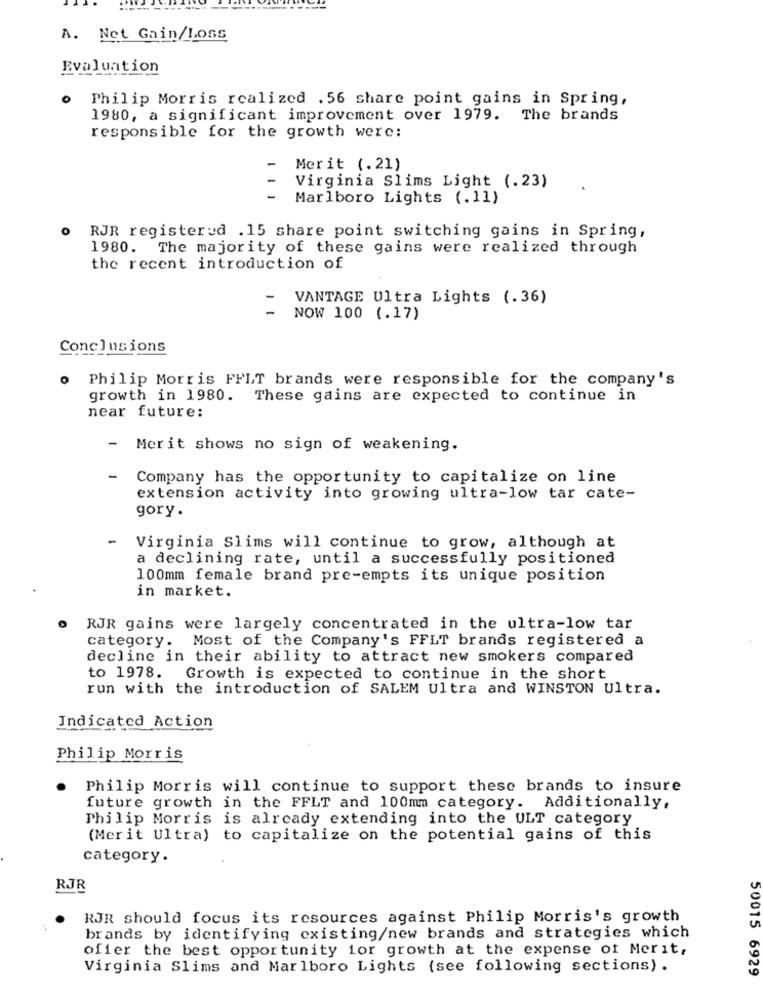
A. Net Gain/Loss
Evaluation
0
Philip Morris realized . 56 share point gains in Spring,
1980, a significant improvement over 1979. The brands
responsible for the growth were:
1
Merit (.21)
Virginia Slims Light (.23)
Marlboro Lights (.11)
RJR registered .15 share point switching gains in Spring,
1980. The majority of these gains were realized through
the recent introduction of
-
VANTAGE Ultra Lights (.36)
NOW 100 (.17)
Conclusions
Philip Morris FFLT brands were responsible for the company's
growth in 1980. These gains are expected to continue in
near future:
-
Merit shows no sign of weakening.
-
Company has the opportunity to capitalize on line
extension activity into growing ultra-low tar cate-
gory.
-
Virginia Slims will continue to grow, although at
a declining rate, until a successfully positioned
100mm female brand pre-empts its unique position
in market.
RJR gains were largely concentrated in the ultra-low tar
category. Most of the Company's FFLT brands registered a
decline in their ability to attract new smokers compared
to 1978.
Growth is expected to continue in the short
run with the introduction of SALEM Ultra and WINSTON Ultra.
Indicated Action
Philip Morris
Philip Morris will continue to support these brands to insure
future growth in the FFLT and 100mm category. Additionally,
Philip Morris is already extending into the ULT category
(Merit Ultra) to capitalize on the potential gains of this
category.
RJR
RJR should focus its resources against Philip Morris's growth
brands by identifying existing/new brands and strategies which
offer the best opportunity for growth at the expense of Merit,
Virginia Slims and Marlboro Lights (see following sections) .
50015 6929